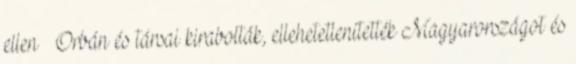
ellen » Orbán és társai kirabolták, ellehetetlenítették Magyarországot és